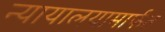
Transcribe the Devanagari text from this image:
न्यायालयामार्फत